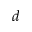
d